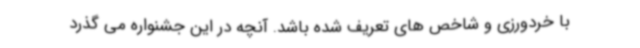
با خردورزی و شاخص های تعریف شده باشد. آنچه در این جشنواره می گذرد